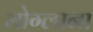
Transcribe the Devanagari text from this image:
मोग्लाना